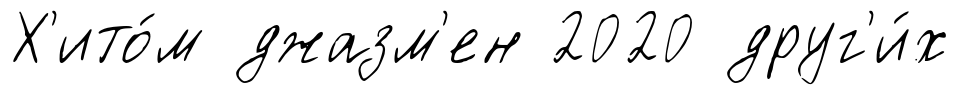
Х'ито́м джазм'ен 2020 друг'и́х